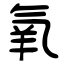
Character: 氧